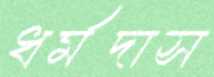
ধর্মদাস